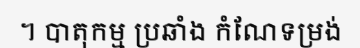
។ បាតុកម្ម ប្រឆាំង កំណែទម្រង់